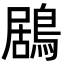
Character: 鶋